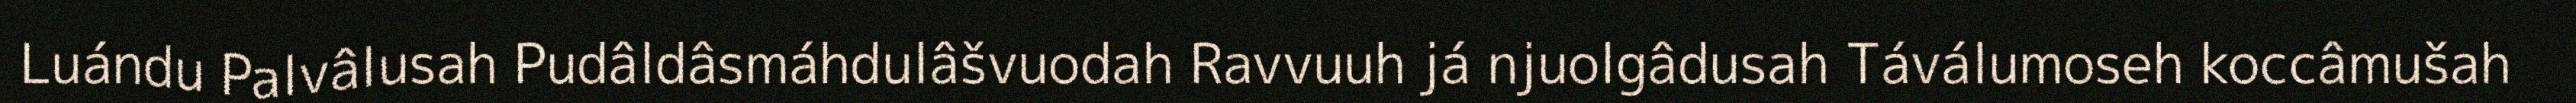
Luándu Palvâlusah Pudâldâsmáhdulâšvuodah Ravvuuh já njuolgâdusah Táválumoseh koccâmušah